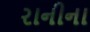
રાનીના